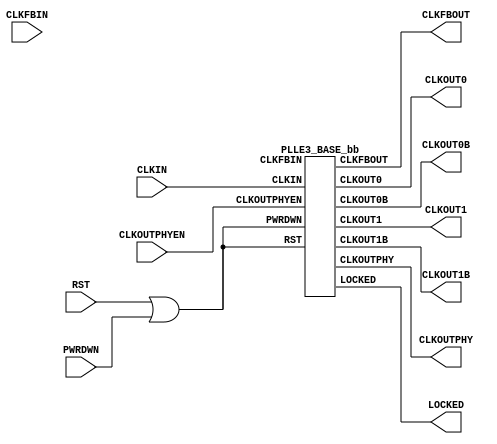
///////////////////////////////////////////////////////////////////////////////
//  Copyright (c) 1995/2015 Xilinx, Inc.
//  All Right Reserved.
///////////////////////////////////////////////////////////////////////////////
//   ____  ____
//  /   /\/   /
// /___/  \  /     Vendor      : Xilinx
// \   \   \/      Version     : 2015.4
//  \   \          Description : Xilinx Formal Library Component
//  /   /                        Base Phase-Locked Loop (PLL)
// /___/   /\      Filename    : PLLE3_BASE.v
// \   \  /  \
//  \___\/\___\
//
///////////////////////////////////////////////////////////////////////////////
//  Revision:
//  10/31/2014 828995 - Added inverter functionality for IS_*_INVERTED parameter
//  End Revision:
///////////////////////////////////////////////////////////////////////////////

`timescale 1 ps / 1 ps

`celldefine

module PLLE3_BASE #(
`ifdef XIL_TIMING
  parameter LOC = "UNPLACED",
`endif
  parameter integer CLKFBOUT_MULT = 5,
  parameter real CLKFBOUT_PHASE = 0.000,
  parameter real CLKIN_PERIOD = 0.000,
  parameter integer CLKOUT0_DIVIDE = 1,
  parameter real CLKOUT0_DUTY_CYCLE = 0.500,
  parameter real CLKOUT0_PHASE = 0.000,
  parameter integer CLKOUT1_DIVIDE = 1,
  parameter real CLKOUT1_DUTY_CYCLE = 0.500,
  parameter real CLKOUT1_PHASE = 0.000,
  parameter CLKOUTPHY_MODE = "VCO_2X",
  parameter integer DIVCLK_DIVIDE = 1,
  parameter [0:0] IS_CLKFBIN_INVERTED = 1'b0,
  parameter [0:0] IS_CLKIN_INVERTED = 1'b0,
  parameter [0:0] IS_PWRDWN_INVERTED = 1'b0,
  parameter [0:0] IS_RST_INVERTED = 1'b0,
  parameter real REF_JITTER = 0.010,
  parameter STARTUP_WAIT = "FALSE"
)(
  output CLKFBOUT,
  output CLKOUT0,
  output CLKOUT0B,
  output CLKOUT1,
  output CLKOUT1B,
  output CLKOUTPHY,
  output LOCKED,

  input CLKFBIN,
  input CLKIN,
  input CLKOUTPHYEN,
  input PWRDWN,
  input RST
);

  wire CLKFBIN_in;
  wire CLKIN_in;
  wire PWRDWN_in;
  wire RST_in;
  wire RST_PWRDWN_in;

  assign CLKFBIN_in = CLKFBIN ^ IS_CLKFBIN_INVERTED;
  assign CLKIN_in = CLKIN ^ IS_CLKIN_INVERTED;
  assign PWRDWN_in = PWRDWN ^ IS_PWRDWN_INVERTED;
  assign RST_in = RST ^ IS_RST_INVERTED;
  assign RST_PWRDWN_in = RST_in | PWRDWN_in;

   PLLE3_BASE_bb inst_bb (
              .CLKFBOUT(CLKFBOUT),
              .CLKOUT0(CLKOUT0),
              .CLKOUT0B(CLKOUT0B),
              .CLKOUT1(CLKOUT1),
              .CLKOUT1B(CLKOUT1B),
              .CLKOUTPHY(CLKOUTPHY),
              .LOCKED(LOCKED),
              .CLKFBIN(CLKFB_in),
              .CLKIN(CLKIN_in),
              .CLKOUTPHYEN(CLKOUTPHYEN),
              .PWRDWN(RST_PWRDWN_in),
              .RST(RST_PWRDWN_in)
              );

endmodule

module PLLE3_BASE_bb (
  output CLKFBOUT,
  output CLKOUT0,
  output CLKOUT0B,
  output CLKOUT1,
  output CLKOUT1B,
  output CLKOUTPHY,
  output LOCKED,

  input CLKFBIN,
  input CLKIN,
  input CLKOUTPHYEN,
  input PWRDWN,
  input RST
);

endmodule

`endcelldefine